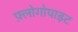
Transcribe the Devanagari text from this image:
फ़्लोगोपाइट